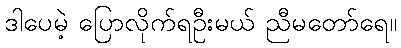
ဒါပေမဲ့ ပြောလိုက်ရဦးမယ် ညီမတော်ရေ။